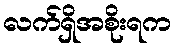
လက်ရှိအစိုးရက